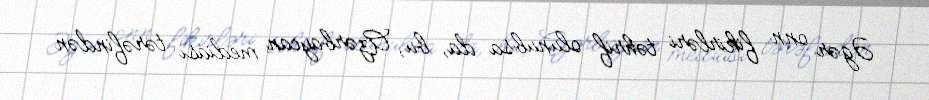
Əgər onn fikirləri təhrif olunubsa da, bu, Azərbaycan mediası tərəfindən